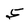
Character: 5